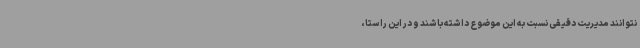
نتوانند مدیریت دقیقی نسبت به این موضوع داشته باشند و در این راستا،